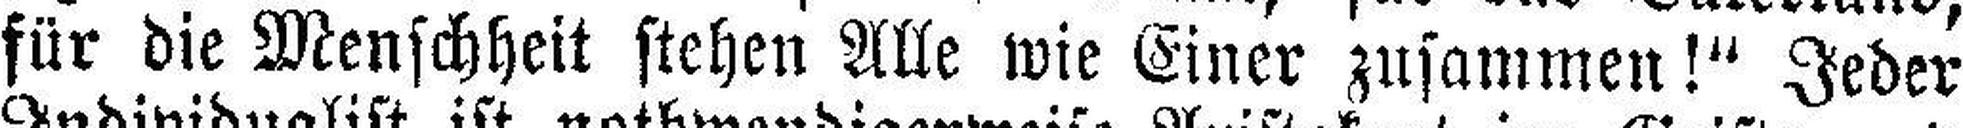
für die Menschheit stehen Alle wie Einer zusammen!" Jeder